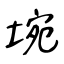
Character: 埦